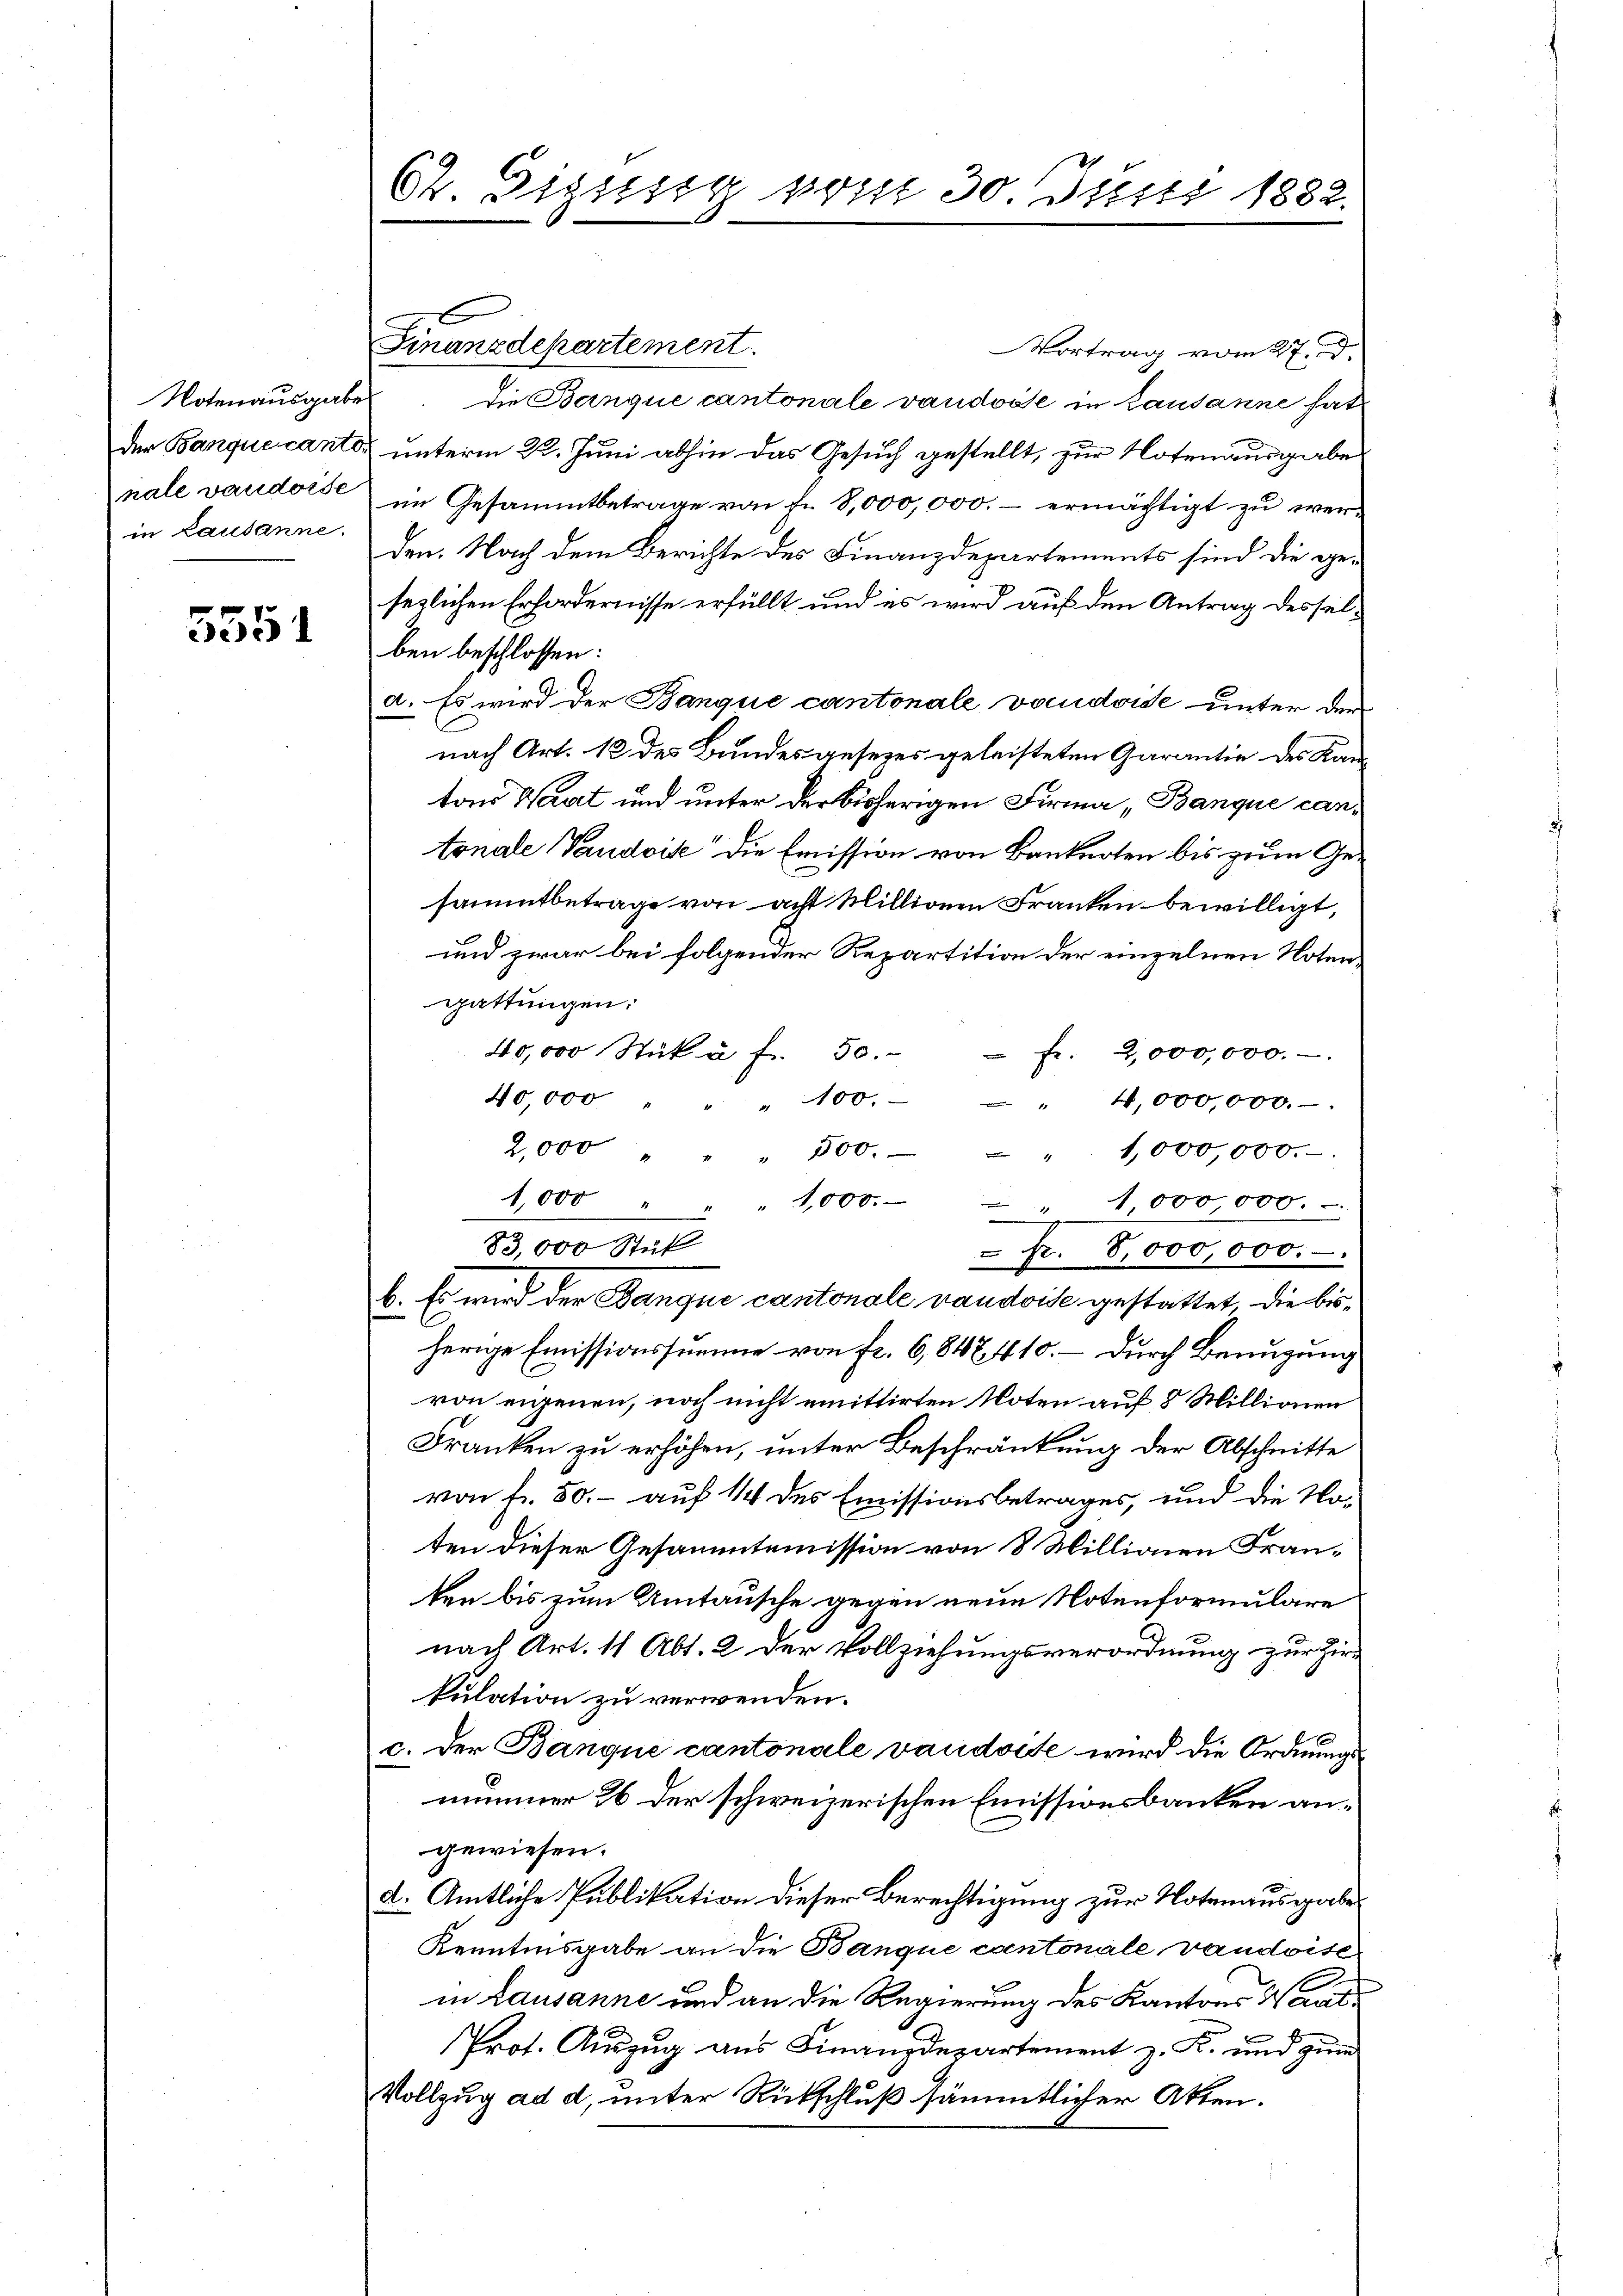
Notenausgabe
der Banque canton
nale vaudorse
in Lausanne.

5551

64. Digung vom 30. Juni 1882.

x
Finanzdepartement
Vortrag vom 27. d.
Die Banque cantonale vaudosse in Lausanne hat
unterm 22. Juni abhin das Gesuch gestellt, zur Notenausgabe
im Gesammtbetrage von Fr. 8,000,000.- ermächtigt zu werden. Nach dem Berichte des Finanzdepartements sind die gesezlichen Erfordernisse erfüllt und es wird auf den Antrag desselben beschlossen:
a. Es wird der Banque cantonale vaudoise unter der
nach Art. 12 des Bundes gesezes geleisteten Garantie des Kan-
ton Waart und unter der bisherigen Firma, Banque cantonale Vaudoise“ die Emission von Banknoten bis zum Gesammtbetrage von acht Millionen Franken bewilligt,
und zwar bei folgender Repartition der einzelnen Notengattungen:
40,000 Stük à f. 50.  Fr. 2,000,000.-
40,000 " " " 100.
" 4,000,000.
2,000 " " 300. - " 1,000,000.
1,000 " " 1,000. - " 1,000 000.
83,000 Stück
 fr. 8,000,000.
b. Es wird der Banque cantonale vaudoise gestattet, die bisherige Emissionssumme von fr. 6,848410. – Durch Benugung
von eigenen, noch nicht emittirten Noten auf 8 Millionen
Franken zu erhöhen, unter Beschränkung der Abschnitte
von Fr. 50.- auf 1/4 des Emissionsbetrages, und die Noten dieser Gesammtemission von 8 Millionen Franken bis zum Umtausche gegen neue Notenformulare
nach Art. 11 Abt. 2 der Vollziehungsverordnung zur Zir
kulation zu verwenden.
c. Der Banque cantonale vaudoise wird die Ordnungsnimmer 26 der schweizerischen Emissionsbanken angewiesen.
2. Amtliche Publikation dieser Berechtigung zur Notenausgabe
Kenntinsgabe an die Banque contonale vaudoise
in Lausanne und an die Regierung des Kantons Waad
Prot. Auszug aus Finanzdepartement z. K. und zum
Vollzug ad d, unter Rückschluß sämmtlicher Akten.